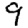
Digit: 9